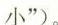
小”)。